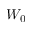
W _ { 0 }